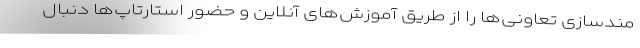
مندسازی تعاونی‌ها را از طریق آموزش‌های آنلاین و حضور استارتاپ‌ها دنبال